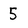
Character: 5